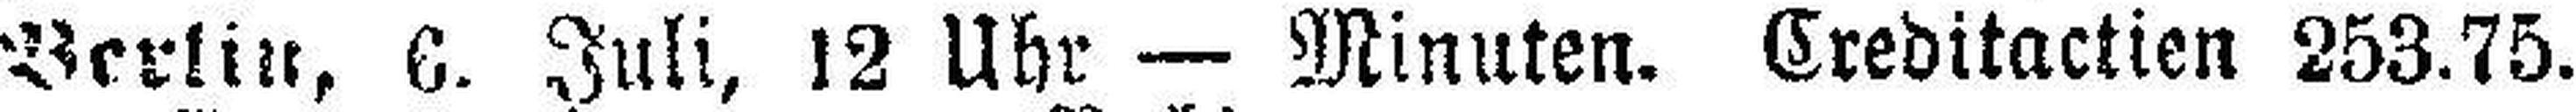
Berlin, 6. Juli, 12 Uhr — Minuten. Creditactien 253.75.